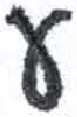
אות: ע